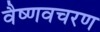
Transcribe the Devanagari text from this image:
वैष्णवचरण